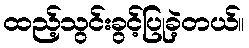
ထည့်သွင်းခွင့်ပြုခဲ့တယ်။